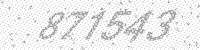
Solution: 871543